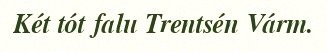
Két tót falu Trentsén Várm.